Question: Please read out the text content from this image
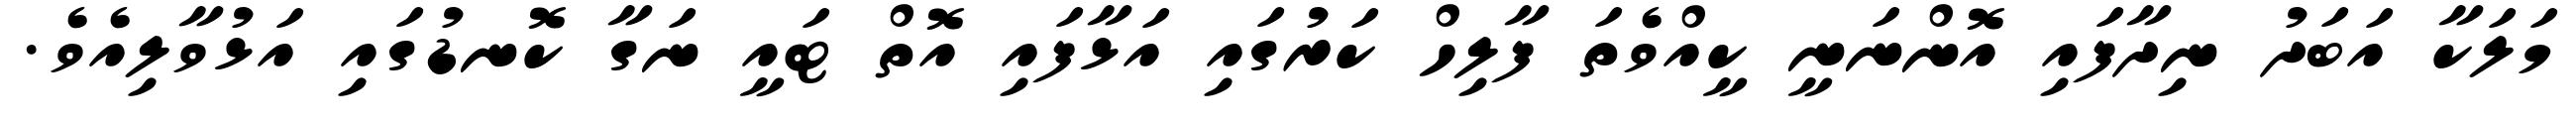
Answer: މަލަކާ އަބަދު ނިދާފައި އޮންނަނީ ކީއްވެތަ ފާލިހް ކަރުގައި އަޅާފައި އޮތް ޓައީ ނަގާ ކޮނޑުގައި އަޅުވާލިއެވެ.